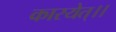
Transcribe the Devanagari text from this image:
कारयेत्।।